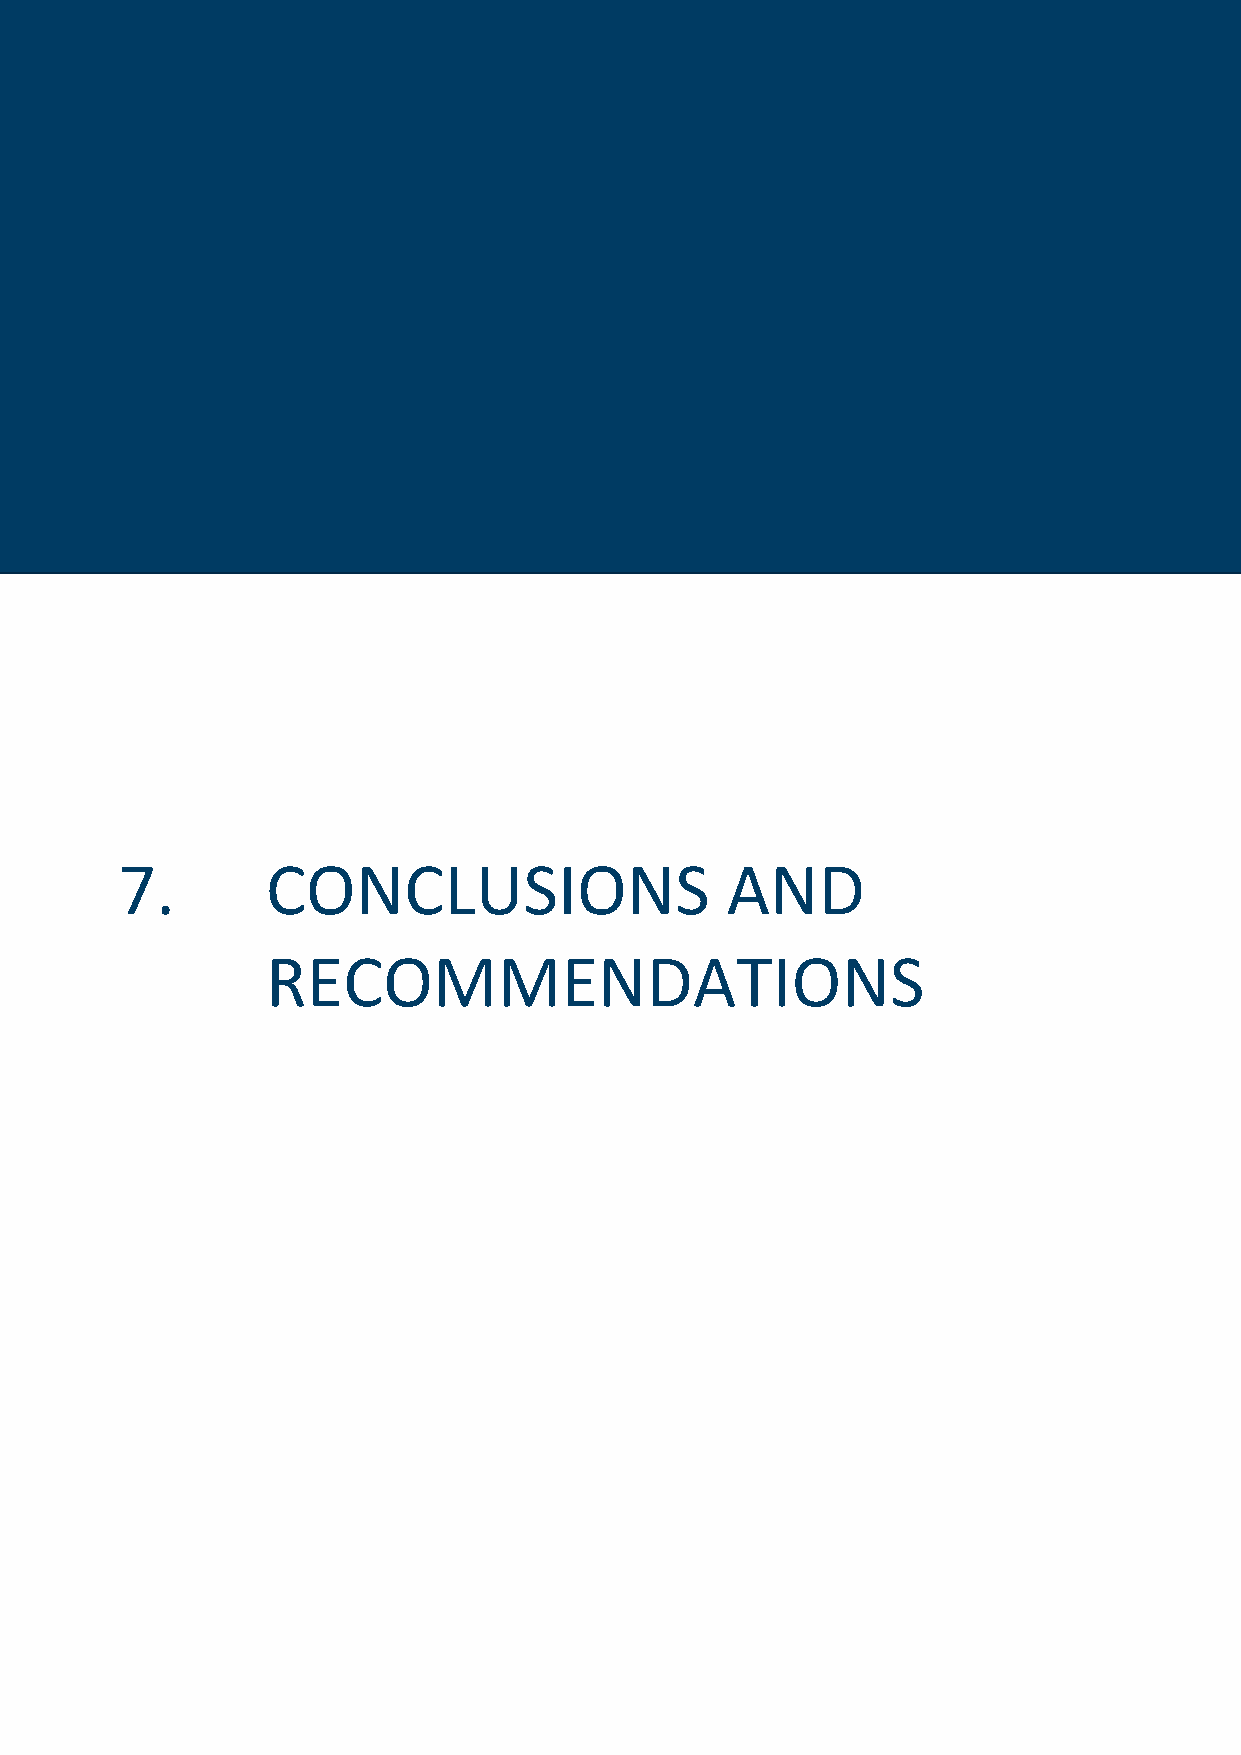
7. | Conclusions and recommendations 115
 7.        CONCLUSIONS                   AND
 RECOMMENDATIONS